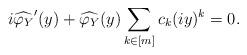
LaTeX: \begin{align*} i\widehat{\varphi_Y}'(y) + \widehat{\varphi_Y}(y) \sum_{k\in [m]} c_k (iy)^k = 0.\end{align*}